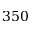
3 5 0